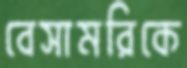
বেসামরিকে